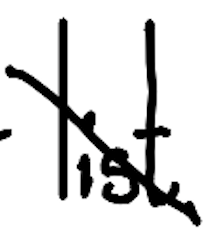
Text: list
Cross-out: diagonal
Writing tool: digital_black